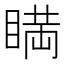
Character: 𥈞